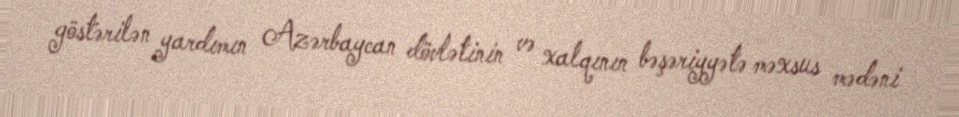
göstərilən yardımın Azərbaycan dövlətinin və xalqının bəşəriyyətə məxsus mədəni